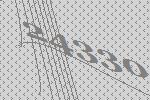
24330